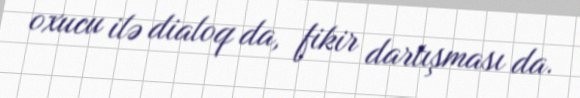
oxucu ilə dialoq da, fikir dartışması da.